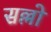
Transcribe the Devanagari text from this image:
सल्लो